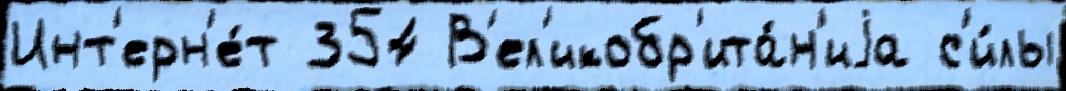
Инт'ерн'е́т 354 В'ел'икобр'ита́н'иjа с'и́лы